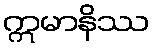
ဣမာနိဿ